Bréfritari: Þorsteinn Þorsteinsson
Viðtakandi: Jón Borgfirðingur
Dagsetning: A-1860-04-03
Skrifað á: Bæ á Höfðaströnd  Skag.

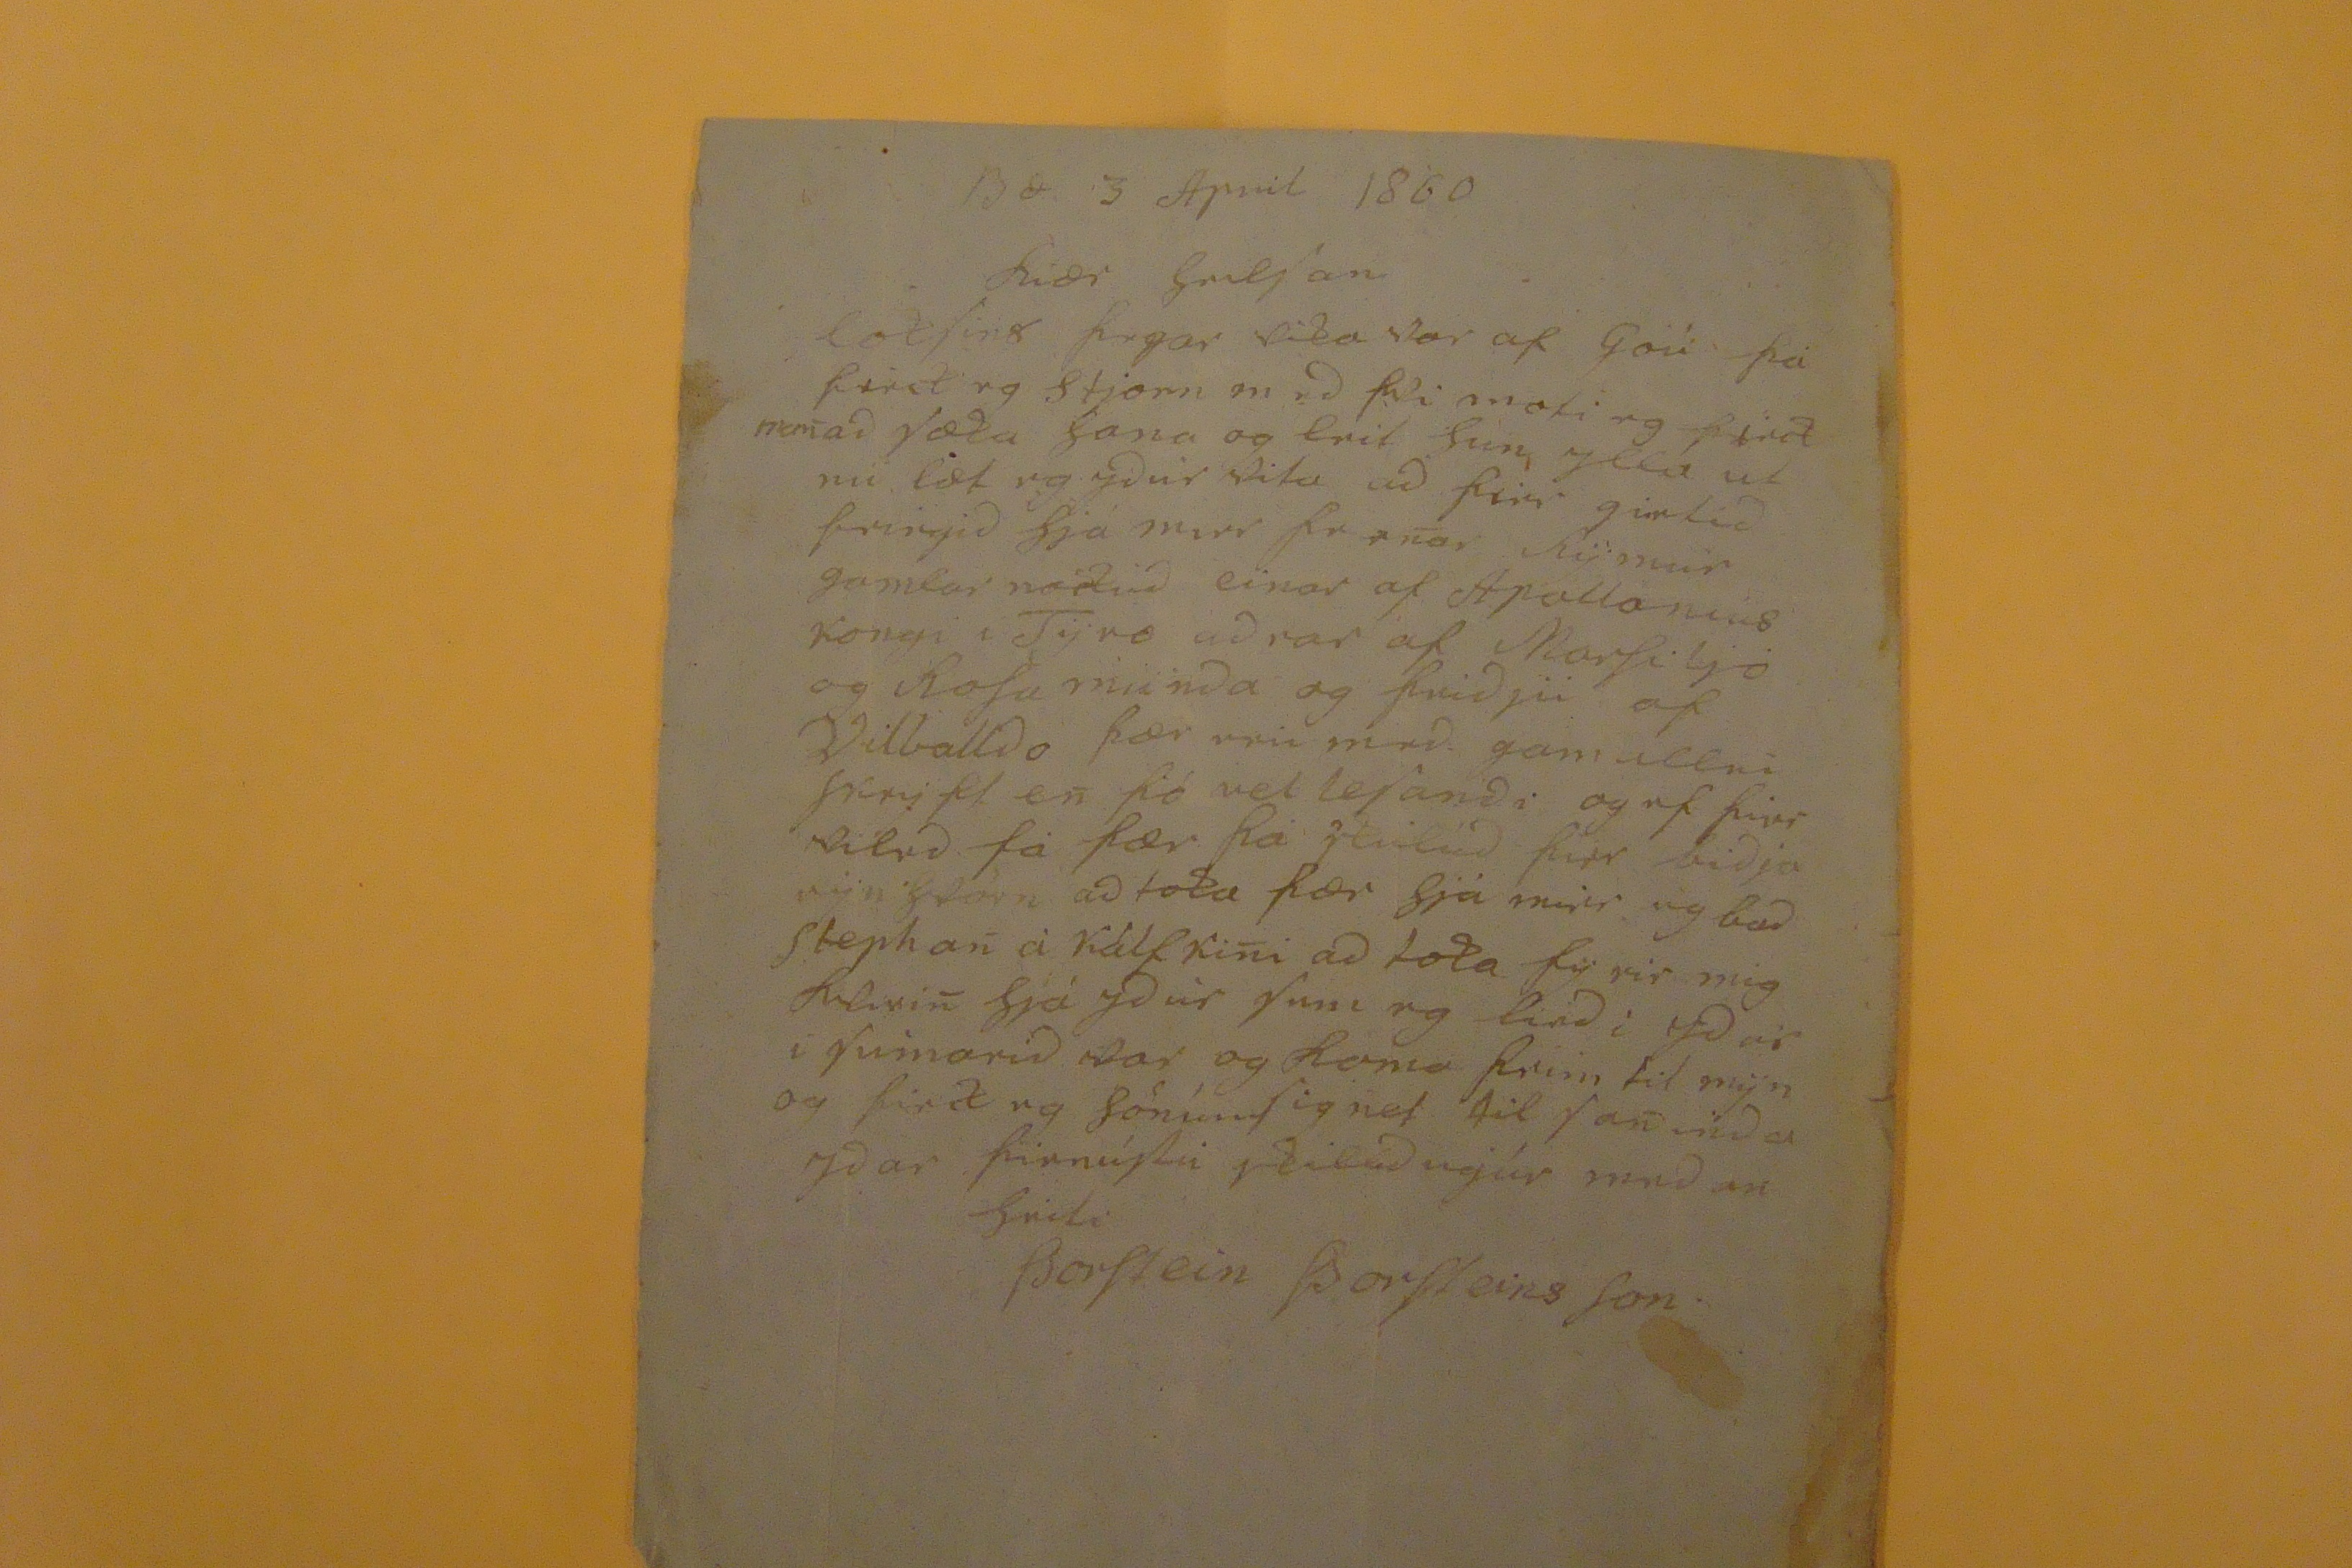

Bæ 3 April 1860
Kiær heilSan
LokSins þegar vika var af Góu þá first eg Stjorn med þvi moti eg
find
nemad
læka
sona og leit hún ylla ut nú læt eg ydur vita ad firr girtid feingid hjá mier hvenar Kÿmur gamlar
nódid
einar af
Apollo níus
kongi i
Tÿro
adrar af Marfiljo og
Rofu munda
og þridju af
Vilballdo
þær eru med gamallri
famj kl
en þó vel
lefand
og ef þier vilid fá þær þá skulud þier bidja
ryn Stòrn
ad loka þær hjá mier eg bad Stephan à Kálfkini ad loka fÿrir mig
hlivin
sjá ydur Sem eg lendi ydar i Sumarid var og koma
Reim
til mÿn og first eg
Sönímlignet
til San inda ydar
hinneíki
skilid mjér
medan
heiti
ÞorStein ÞorSteins Son